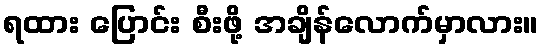
ရထား ပြောင်း စီးဖို့ အချိန်လောက်မှာလား။